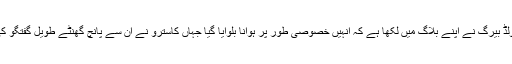
گولڈ بیرگ نے اپنے بلاگ میں لکھا ہے کہ انہیں خصوصی طور پر ہوانا بلوایا گیا جہاں کاسترو نے ان سے پانچ گھنٹے طویل گفتگو کی۔